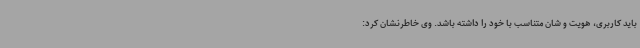
باید کاربری، هویت و شان متناسب با خود را داشته باشد. وی خاطرنشان کرد: